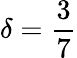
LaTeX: \delta=\frac{3}{7}